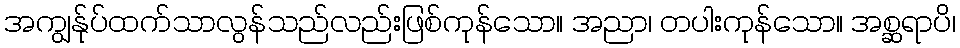
အကျွန်ုပ်ထက်သာလွန်သည်လည်းဖြစ်ကုန်သော။ အညာ၊ တပါးကုန်သော။ အစ္ဆရာပိ၊